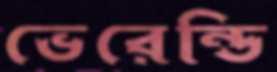
ভেরেন্ডি